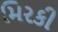
મિરકી